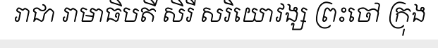
រាជា រាមាធិបតី សិរី សរិយោវង្ស ព្រះចៅ ក្រុង